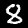
Label: 8